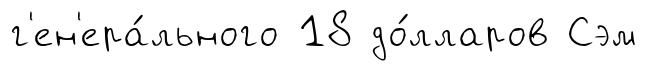
г'ен'ера́льного 18 до́лларов Сэм